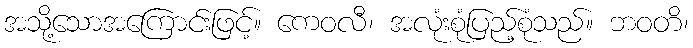
အသို့သောအကြောင်းဖြင့်။ ကေဝလီ၊ အလုံးစုံပြည့်စုံသည်။ ဘဝတိ၊